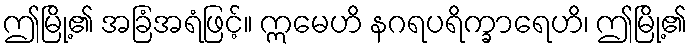
ဤမြို့၏ အခြံအရံဖြင့်။ ဣမေဟိ နဂရပရိက္ခာရေဟိ၊ ဤမြို့၏